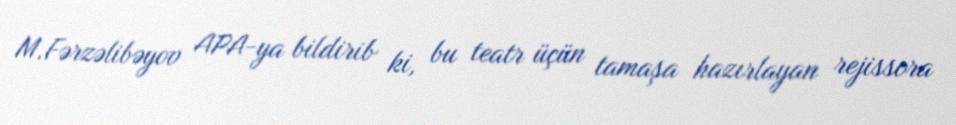
M.Fərzəlibəyov APA-ya bildirib ki, bu teatr üçün tamaşa hazırlayan rejissora